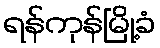
ရန်ကုန်မြို့ခံ